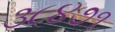
૩૮૪૭૧